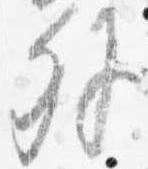
外